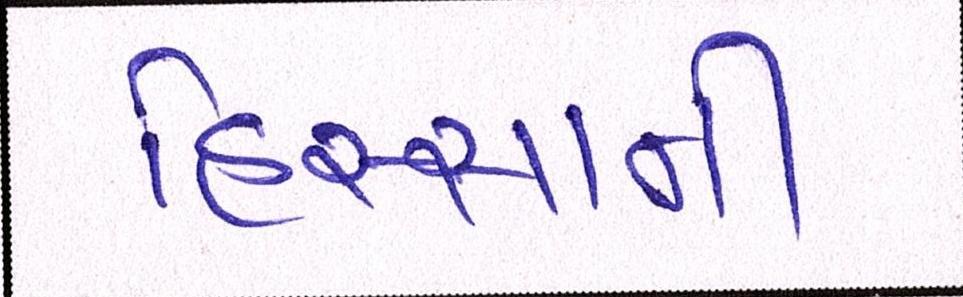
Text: હિસ્સાની